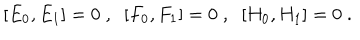
LaTeX: \, \, [ E _ { 0 } , E _ { 1 } ] = 0 \; , \; \; [ F _ { 0 } , F _ { 1 } ] = 0 \; , \; \; [ H _ { 0 } , H _ { 1 } ] = 0 \; .